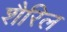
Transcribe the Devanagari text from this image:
शैरिल